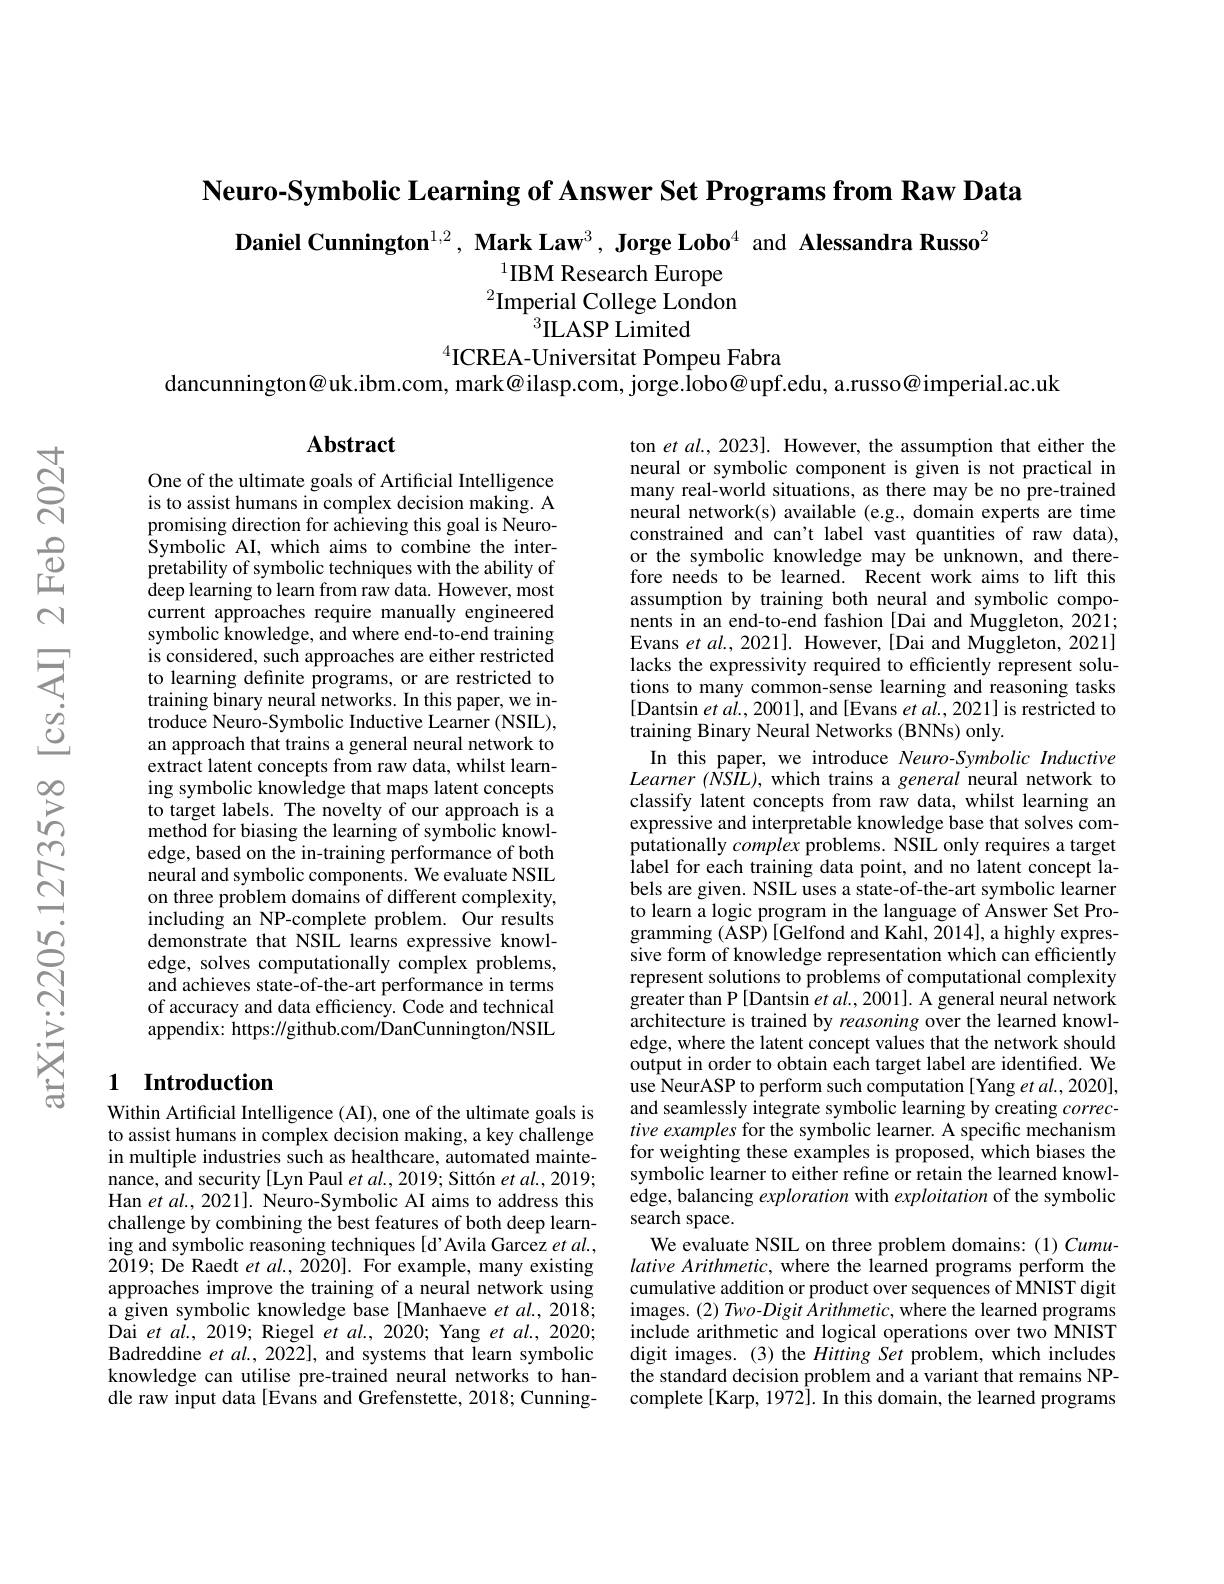
Neuro-Symbolic Learning of Answer Set Programs from Raw Data

Daniel Cunnington$^{1,2}$, Mark Law$^{3}$, Jorge Lobo$^{4}$ and Alessandra Russo$^{2}$
$^{1}$IBM Research Europe $^{2}\underset{a}{\operatorname*{Imperial}}$College London
$^{3}$ILASP Limited
$^{4}$ICREA-Universitat Pompeu Fabra

dancunnington@uk.ibm.com, mark@ilasp.com, jorge.$\dot{\text{lobo@}}$upf.edu, a.russo@imperial.ac.uk

# Abstract

One of the ultimate goals of Artificial Intelligence is to assist humans in complex decision making. A promising direction for achieving this goal is NeuroSymbolic AI, which aims to combine the interpretability of symbolic techniques with the ability of deep learning to learn from raw data. However, most current approaches require manually engineered symbolic knowledge, and where end-to-end training is considered, such approaches are either restricted to learning definite programs, or are restricted to training binary neural networks. In this paper, we introduce Neuro-Symbolic Inductive Learner (NSIL), an approach that trains a general neural network to extract latent concepts from raw data, whilst learning symbolic knowledge that maps latent concepts to target labels. The novelty of our approach is a method for biasing the learning of symbolic knowledge, based on the in-training performance of both neural and symbolic components. We evaluate NSIL on three problem domains of different complexity, including an NP-complete problem. Our results demonstrate that NSIL learns expressive knowledge, solves computationally complex problems, and achieves state-of-the-art performance in terms of accuracy and data efficiency. Code and technical appendix: https://github.com/DanCunnington/NSIL

ton et al., 2023]. However, the assumption that either the neural or symbolic component is given is not practical in many real-world situations, as there may be no pre-trained neural network(s) available (e.g., domain experts are time constrained and can't label vast quantities of raw data), or the symbolic knowledge may be unknown, and therefore needs to be learned. Recent work aims to lift this assumption by training both neural and symbolic components in an end-to-end fashion [Dai and Muggleton, 2021; Evans $etal.,2021].$ However,[Dai and Muggleton, 2021] lacks the expressivity required to efficiently represent solutions to many common-sense learning and reasoning tasks [Dantsin $etal.,2001]$, and [Evans $etal.,2021]$ is restricted to training Binary Neural Networks (BNNs) only.
In this paper, we introduce Neuro-Symbolic Inductive Learner (NSIL), which trains a general neural network to classify latent concepts from raw data, whilst learning an expressive and interpretable knowledge base that solves com- $\hat{\text{putationally }complex}$ problems. NSIL only requires a target label for each training data point, and no latent concept labels are given. NSIL uses a state-of-the-art symbolic learner to learn a logic program in the language of Answer Set Programming (ASP) [Gelfond and Kahl, 2014], a highly expressive form of knowledge representation which can efficiently represent solutions to problems of computational complexity greater than P[Dantsin et $al.,2001].$ A general neural network architecture is trained by reasoning over the learned knowledge, where the latent concept values that the network should output in order to obtain each target label are identified. We use NeurASP to perform such computation [Yang et al., 2020], and seamlessly integrate symbolic learning by creating $correc-$ tive examples for the symbolic learner. A specific mechanism for weighting these examples is proposed, which biases the symbolic learner to either refine or retain the learned knowledge, balancing exploration with exploitation of the symbolic search space.
We evaluate NSIL on three problem domains:(1) Cumulative Arithmetic, where the learned programs perform the cumulative addition or product over sequences of MNIST digit images. $( 2) \textit{Two- Digit Arithmetic, where the learned programs}$ include arithmetic and logical operations over two MNIST digit images.(3) the Hitting Set problem,which includes the standard decision problem and a variant that remains NPcomplete [Karp, 1972]. In this domain, the learned programs

## 1 Introduction

Within Artificial Intelligence (AI), one of the ultimate goals is to assist humans in complex decision making, a key challenge in multiple industries such as healthcare, automated maintenance, and security [Lyn Paul et al., 2019; Sittón et al., 2019; Han et al., 2021]. Neuro-Symbolic AI aims to address this challenge by combining the best features of both deep learning and symbolic reasoning techniques [d'Avila Garcez $et\textit{al. , }$ 2019; De Raedt $etal.,2020].$ For example, many existing approaches improve the training of a neural network using a given symbolic knowledge base[Manhaeve et al., 2018; Dai et al. , 2019; Riegel et al. , 2020; Yang et al. , 2020; Badreddine $etal.,2022]$, and systems that learn symbolic knowledge can utilise pre-trained neural networks to handle raw input data[Evans and Grefenstette, 2018; Cunning-